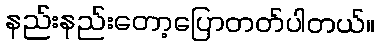
နည်းနည်းတော့ပြောတတ်ပါတယ်။